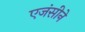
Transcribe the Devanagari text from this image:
एजंसीने